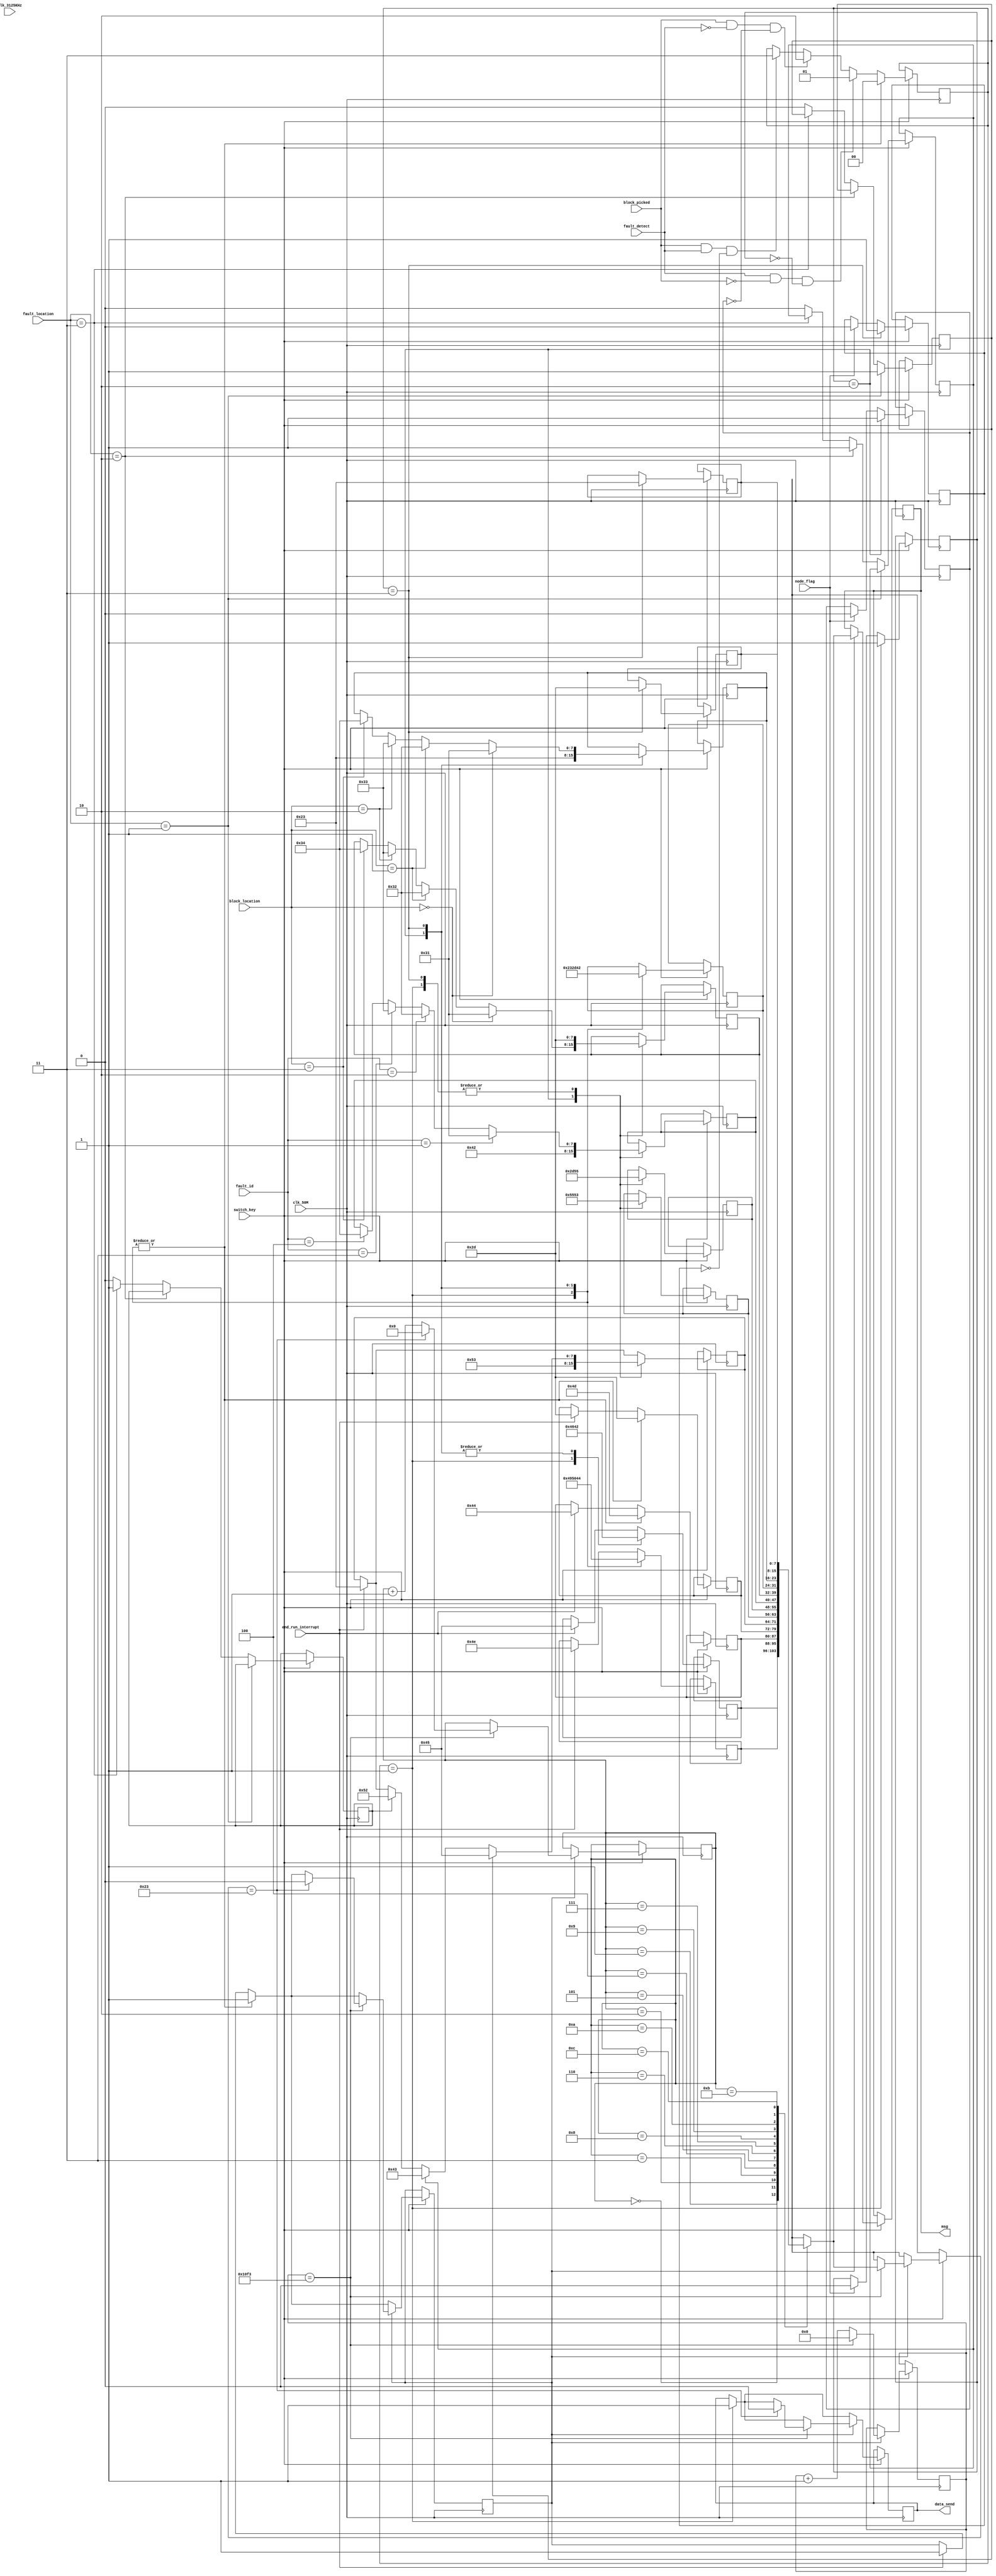
module message_unit( 
input clk_50M,
input clk_3125KHz,
input fault_detect, 											// when a fault is detected by U.S.
input [2:0] fault_id,
input block_picked,
input switch_key,
input node_flag,
input end_run_interrupt,
input [1:0] block_location,
input [1:0] fault_location,
output reg  [7:0] msg = 0,
output reg data_send = 0
);
parameter B = 8'h42;
parameter C = 8'h43;
parameter D = 8'h44;
parameter E = 8'h45;
parameter F = 8'h46;														// ascii codes for characters
parameter I = 8'h49;
parameter M = 8'h4D;
parameter N = 8'h4E;
parameter P = 8'h50;
parameter R = 8'h52;
parameter S = 8'h53;
parameter U = 8'h55;
parameter N1 = 8'h31;
parameter N2 = 8'h32;
parameter N3 = 8'h33;
parameter N4 = 8'h34;
parameter DASH = 8'h2D;
parameter HASH = 8'h23;

parameter IDLE_state = 2'b00;
parameter FAULT_state = 2'b01;
parameter PICKUP_state = 2'b10;
parameter DEPOSIT_state = 2'b11;

reg [15:0] msg_delay = 0;
reg [7:0] msg_container [12:0];
reg [1:0] STATE = 2'd0;
reg [3:0] idx = 0; 
reg msg_send = 0;
reg next_fault_flag =0;
reg EU_fault_flag = 0;
reg CU_fault_flag = 0;								//necessary flags for each units
reg RU_fault_flag = 0;
reg next_pickup_flag = 0;
reg next_deposit_flag = 0;
reg [3:0] count = 0;
initial begin
	msg_container[0] = 8'h0;
	msg_container[1] = 8'h0;
	msg_container[2] = 8'h0;
	msg_container[3] = 8'h0;
	msg_container[4] = 8'h0;
	msg_container[5] = 8'h0;
	msg_container[6] = 8'h0;
	msg_container[7] = 8'h0;
	msg_container[8] = 8'h0;
	msg_container[9] = 8'h0;
	msg_container[10] = 8'h0;
	msg_container[11] = 8'h0;
	msg_container[12] = 8'h0;
end
always@( posedge clk_50M ) begin
	if (switch_key) begin
		if( node_flag == 1) begin 
			next_fault_flag <= 0;
			next_pickup_flag <= 0;
			next_deposit_flag <= 0;
		end
		
		if( fault_location == 2'd1 ) EU_fault_flag <= 1;
		else if( fault_location == 2'd2 ) CU_fault_flag <= 1;
		else if( fault_location == 2'd3 ) RU_fault_flag <= 1;
		else begin
			EU_fault_flag <= 0;
			CU_fault_flag <= 0;
			RU_fault_flag <= 0;
		end
		
		if ( end_run_interrupt ) begin							//end message at the end of the run
			msg_container[0] <= E;
			msg_container[1] <= N;
			msg_container[2] <= D;
			msg_container[3] <= DASH;
			msg_container[4] <= HASH;
			msg_send <= 1;
		end
		if ( fault_detect && !block_picked && !next_fault_flag) STATE <= FAULT_state;	//fault state conditions 
		else if ( block_picked && !fault_detect && !next_pickup_flag) STATE <= PICKUP_state;	// pickup state conditions
		else if ( block_picked && fault_detect && !next_deposit_flag ) STATE <= DEPOSIT_state;	//deposit state conditions
//		else STATE <= IDLE_state;

		case (STATE)  //here complete message is stored in msg container
				IDLE_state: begin
					count <= 0;
				end
				FAULT_state: begin										//FIM-XSUn-# msg vased on incoming flags
					msg_container[0] <= F;
					msg_container[1] <= I;
					msg_container[2] <= M;
					msg_container[3] <= DASH;
					if (EU_fault_flag) msg_container[4] <= E;
					else if (CU_fault_flag) msg_container[4] <= C;
					else if (RU_fault_flag) msg_container[4] <= R;
					msg_container[5] <= S;
					msg_container[6] <= U;
					if (fault_id == 3'd1) msg_container[7] <= N1; 
					else if (fault_id == 3'd2) msg_container[7] <= N2;
					else if (fault_id == 3'd3) msg_container[7] <= N3;
					else if (fault_id == 3'd4) msg_container[7] <= N4;
					msg_container[8] <= DASH;
					msg_container[9] <= HASH;
					next_fault_flag <= 1;
					msg_send <= 1;
					data_send <= 1;
					STATE <= IDLE_state;
				end
				PICKUP_state: begin								//BPM-SU-Bn-#
					msg_container[0] <= B;
					msg_container[1] <= P;
					msg_container[2] <= M;
					msg_container[3] <= DASH;
					msg_container[4] <= S;
					msg_container[5] <= U;
					msg_container[6] <= DASH;
					msg_container[7] <= B;
					if (block_location == 0) msg_container[8] <= N1;
					else if (block_location == 2'd1) msg_container[8] <= N2;
					else if (block_location == 2'd2) msg_container[8] <= N3;
					else if (block_location == 2'd3) msg_container[8] <= N4;
					msg_container[9] <= DASH;
					msg_container[10] <= HASH;
					msg_send <= 1;
					next_pickup_flag <= 1;
					STATE <= IDLE_state;
				end
				DEPOSIT_state: begin                         //BDM-XSUn-#
					msg_container[0] <= B;
					msg_container[1] <= D;
					msg_container[2] <= M;
					msg_container[3] <= DASH;
					if (EU_fault_flag) msg_container[4] <= E;
					else if (CU_fault_flag) msg_container[4] <= C;
					else if (RU_fault_flag) msg_container[4] <= R;
					msg_container[5] <= S;
					msg_container[6] <= U;
					if (fault_id == 3'd1) msg_container[7] <= N1; 
					else if (fault_id == 3'd2) msg_container[7] <= N2;
					else if (fault_id == 3'd3) msg_container[7] <= N3;
					else if (fault_id == 3'd4) msg_container[7] <= N4;
					msg_container[8] <= DASH;
					msg_container[9] <= B;
					if (block_location == 0) msg_container[10] <= N1;
					else if (block_location == 2'd1) msg_container[10] <= N2;
					else if (block_location == 2'd2) msg_container[10] <= N3;
					else if (block_location == 2'd3) msg_container[10] <= N4;
					msg_container[11] <= DASH;
					msg_container[12] <= HASH;
					msg_send <= 1;
					next_deposit_flag <= 1;
					STATE <= IDLE_state;
				end
			endcase
		
		if ( msg_send ) begin                                     //msg is send serially after respective time counters to UART TX
			msg <= msg_container[idx];
			if (msg_delay == 4339) begin
				msg_delay <= 0;
				idx <= idx + 1;
				if(msg_container[idx] == HASH) begin
					msg_send <= 0;
					idx <= 0;
					data_send <= 0; 
				end
			end
			else msg_delay <= msg_delay + 1;
		end 	
	end
end
endmodule